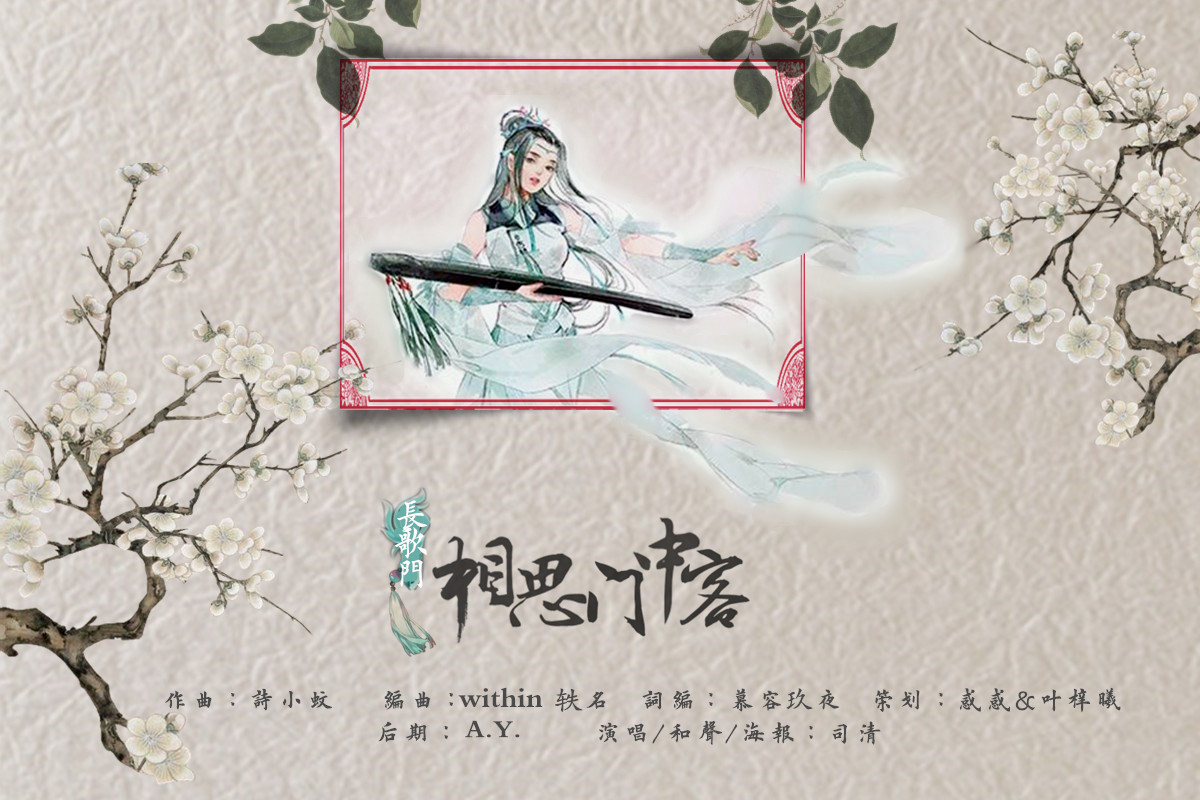
入我相思门，知我相思苦，